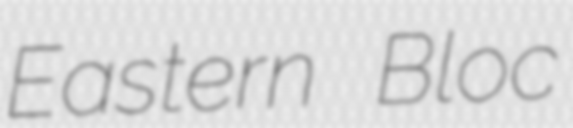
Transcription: Eastern Bloc